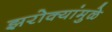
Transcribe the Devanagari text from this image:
झरोक्यांमुळे